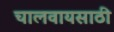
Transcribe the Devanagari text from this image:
चालवायसाठी